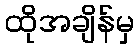
ထိုအချိန်မှ